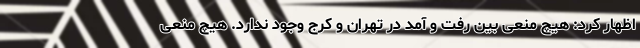
اظهار کرد: هیچ منعی بین رفت و آمد در تهران و کرج وجود ندارد. هیچ منعی